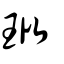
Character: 玭